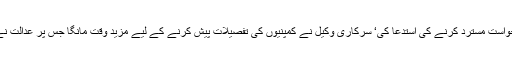
پنجاب حکومت کے وکیل نے درخواست کے قابل ہونے کے بارے میں اعتراض اٹھاتے ہوئے درخواست مسترد کرنے کی استدعا کی‘ سرکاری وکیل نے کمپنیوں کی تفصیلات پیش کرنے کے لیے مزید وقت مانگا جس پر عدالت نے پنجاب حکومت کو دس روز کی مزید مہلت دیتے ہوئے کارروائی 19 اکتوبر تک ملتوی کر دی۔